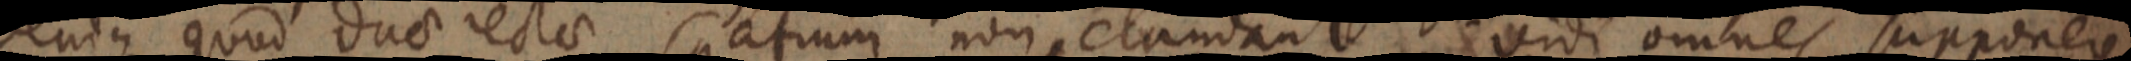
denique quod duae rectae spatium non claudant vidi omnes supponere